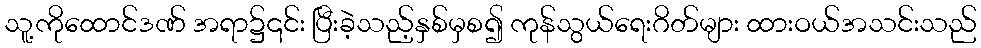
သူ့ကိုထောင်ဒဏ် အရာ၌၎င်း ပြီးခဲ့သည့်နှစ်မှစ၍ ကုန်သွယ်ရေးဂိတ်များ ထားဝယ်အသင်းသည်